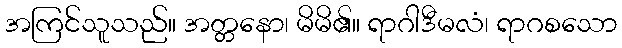
အကြင်သူသည်။ အတ္တနော၊ မိမိ၏။ ရာဂါဒီမလံ၊ ရာဂစသော